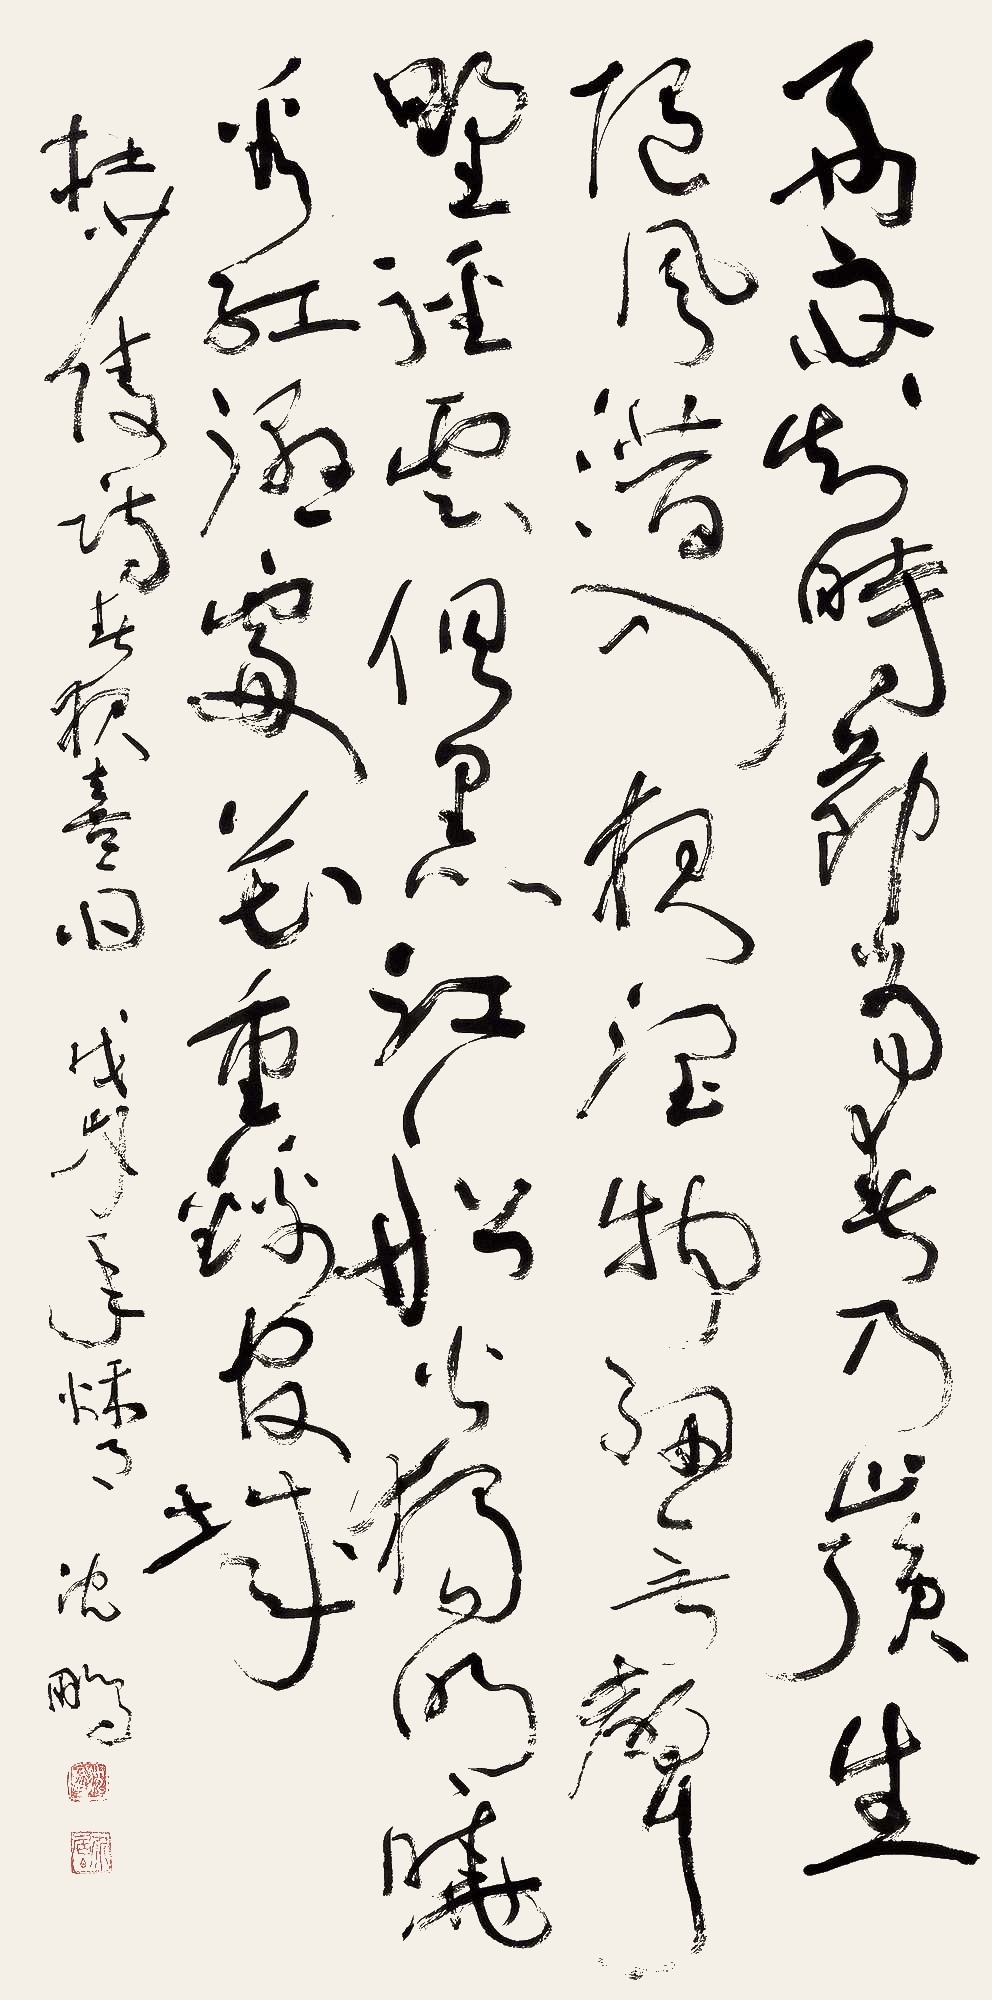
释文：好雨知时节，当春乃发生。随风潜入夜，润物细无声。野径云俱黑，江船火独明。晓看红湿处，花重锦官城。杜少陵诗《春夜喜雨》，戊戌年秋邑，沈鹏。